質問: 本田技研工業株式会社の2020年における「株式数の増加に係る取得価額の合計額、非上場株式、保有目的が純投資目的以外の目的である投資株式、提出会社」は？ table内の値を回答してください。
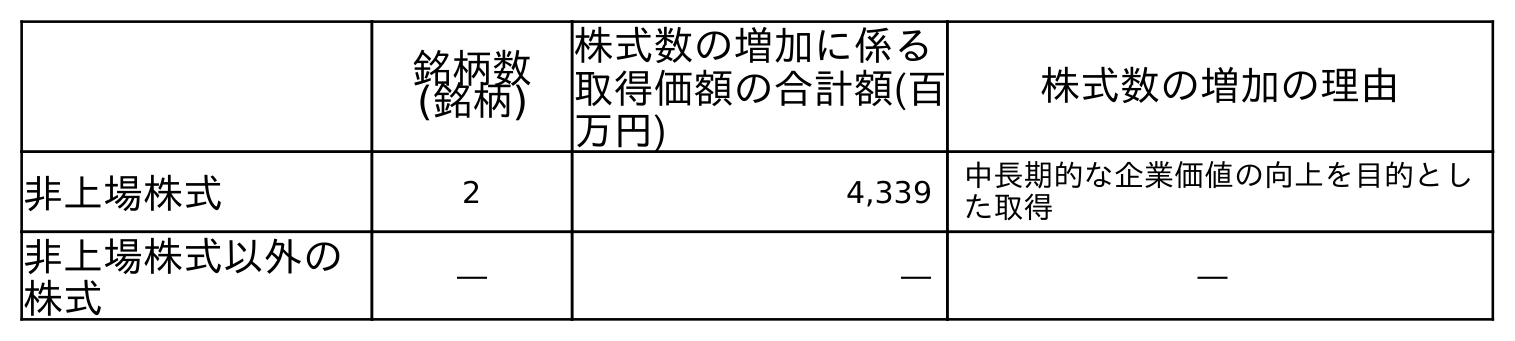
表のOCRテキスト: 銘柄数 (銘柄) 株式数の増加に係る 取得価額の合計額(百 万円) 株式数の増加の理由 非上場株式 2 4,339 中長期的な企業価値の向上を目的とし た取得 非上場株式以外の 株式 ― ― ―
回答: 4,339